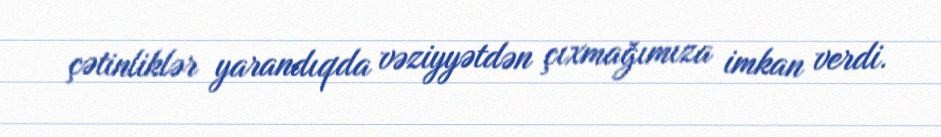
çətinliklər yarandıqda vəziyyətdən çıxmağımıza imkan verdi.